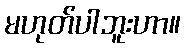
မဟုတ်ပါဘူးဟာ။